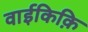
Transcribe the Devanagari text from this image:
वाईकिक़ि